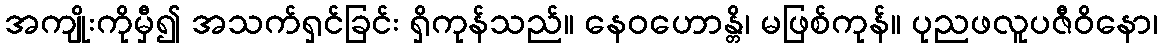
အကျိုးကိုမှီ၍ အသက်ရှင်ခြင်း ရှိကုန်သည်။ နေဝဟောန္တိ၊ မဖြစ်ကုန်။ ပုညဖလူပဇီဝိနော၊